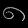
Digit: ၈